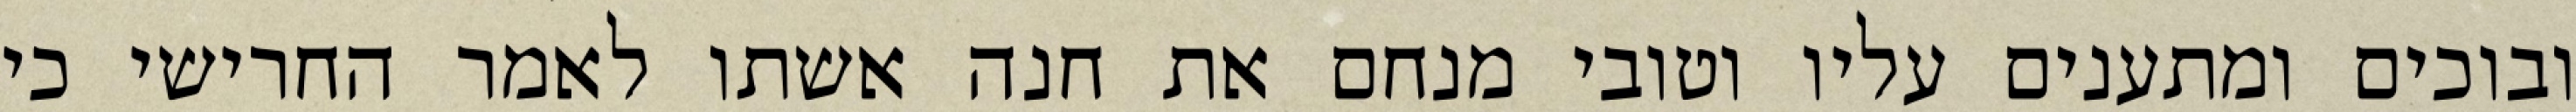
ובוכים ומתענים עליו וטובי מנחם את חנה אשתו לאמר החרישי כי